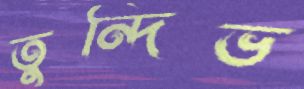
তুন্দিভ